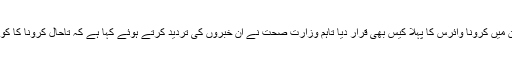
کچھ اداروں نے اسے پاکستان میں کرونا وائرس کا پہلا کیس بھی قرار دیا تاہم وزارت صحت نے ان خبروں کی تردید کرتے ہوئے کہا ہے کہ تاحال کرونا کا کوئی کیس سامنے نہیں آیا ہے۔